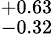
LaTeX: ^{+0.63}_{-0.32}